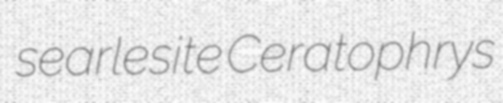
searlesite Ceratophrys